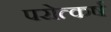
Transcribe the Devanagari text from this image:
परोत्कर्ष